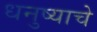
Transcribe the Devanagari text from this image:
धनुष्याचे